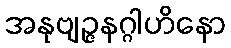
အနုဗျဉ္ဇနဂ္ဂါဟိနော